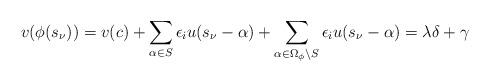
LaTeX: \begin{align*}v(\phi(s_\nu))&=v(c)+\sum_{\alpha\in S}\epsilon_i u(s_\nu-\alpha)+\sum_{\alpha\in\Omega_{\phi}\setminus S}\epsilon_i u(s_\nu-\alpha)=\lambda\delta+\gamma\end{align*}